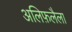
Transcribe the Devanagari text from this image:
अलिफ़लैला